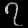
Digit: ၇